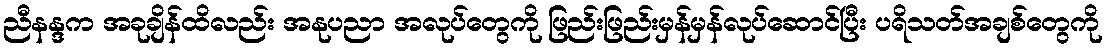
ညီနန္ဒက အခုချိန်ထိလည်း အနုပညာ အလုပ်တွေကို ဖြည်းဖြည်းမှန်မှန်လုပ်ဆောင်ပြီး ပရိသတ်အချစ်တွေကို